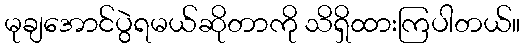
မုချအောင်ပွဲရမယ်ဆိုတာကို သိရှိထားကြပါတယ်။